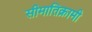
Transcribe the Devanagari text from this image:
सीमातिक्रामी